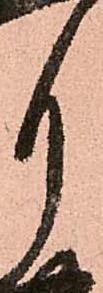
月